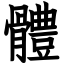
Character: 體